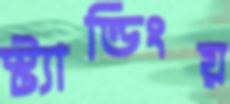
স্ট্যান্ডিংয়